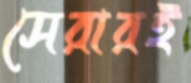
সেরারই